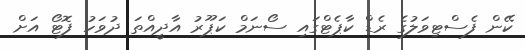
ކޭން ފެސްޓިވަލުގެ ރެޑް ކާޕެޓްގައި ސޯނަމް ކަޕޫރު އާދީއްތަ ދުވަހު ފޮޓޯ އަށް